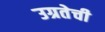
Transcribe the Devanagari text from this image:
उग्रतेची